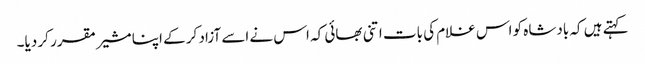
کہتے ہیں کہ بادشاہ کو اس غلام کی بات اتنی بھائی کہ اس نے اسے آزاد کر کے اپنا مشیر مقرر کر دیا۔